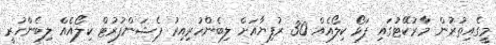
މީގެއިތުރުން މާރުކޭޓުގައި ފަޅޯ ކިލޯއެއް 30 ރުފިޔާއަށް ލިބެންހުރިއިރު ޕެޝަންފުރުޓް ކިލޯއެއް ލިބެންހުރީ